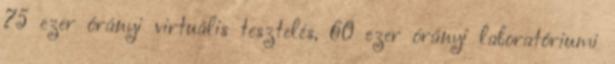
75 ezer órányi virtuális tesztelés, 60 ezer órányi laboratóriumi